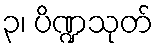
၃၊ ပိဏ္ဍသုတ်